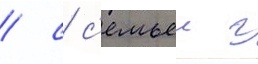
/ с с'емьеи г